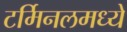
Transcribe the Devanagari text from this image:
टर्मिनलमध्ये